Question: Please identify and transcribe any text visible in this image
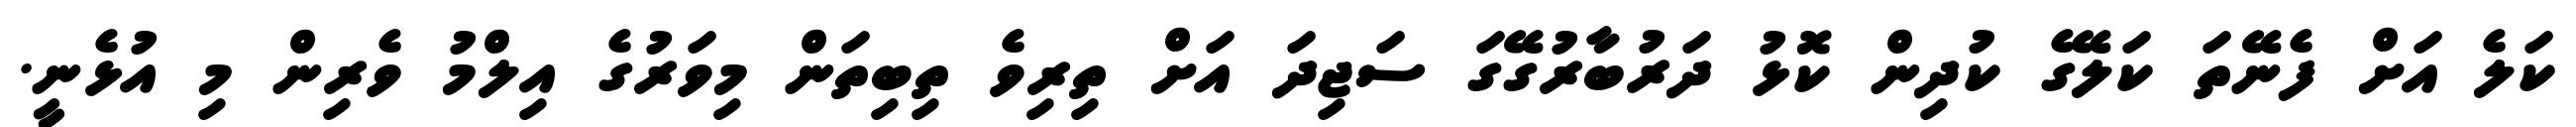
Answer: ކަލެ އަށް ފެނޭތަ ކަލޭގެ ކުދިން ކޮޅު ދަރުބާރުގޭގަ ސަޖިދަ އަށް ތިރިވެ ތިބިތަން މިވަރުގެ އިލްމު ވެރިން މި އުޅެނީ.